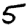
Digit: 5